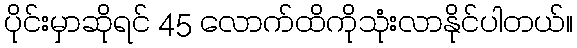
ပိုင်းမှာဆိုရင် 45 လောက်ထိကိုသုံးလာနိုင်ပါတယ်။